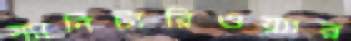
স্যানিটারিওয়্যার